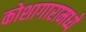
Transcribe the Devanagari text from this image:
कोशागारामध्ये